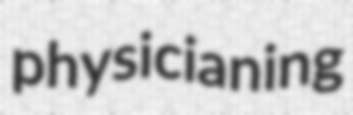
physicianing